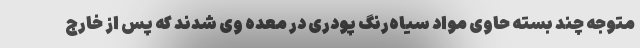
متوجه چند بسته حاوی مواد سیاه‌رنگ پودری در معده وی شدند که پس از خارج